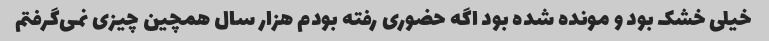
خیلی خشک بود و مونده شده بود اگه حضوری رفته بودم هزار سال همچین چیزی نمی‌گرفتم